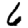
Digit: 6